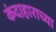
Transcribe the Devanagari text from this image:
कंदाहाराच्या